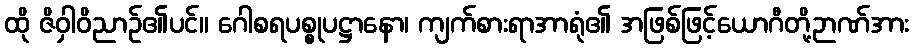
ထို ဇိဝှါဝိညာဉ်၏ပင်။ ဂေါစရပစ္စုပဋ္ဌာနော၊ ကျက်စားရာအာရုံ၏ အဖြစ်ဖြင့်ယောဂီတို့ဉာဏ်အား